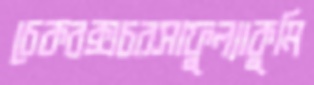
চেকবক্সচরসাফুল্যাকুমি